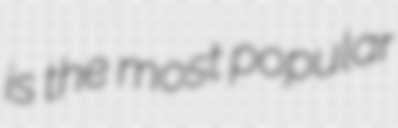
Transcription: is the most popular